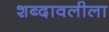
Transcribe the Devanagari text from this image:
शब्दावलीला